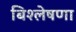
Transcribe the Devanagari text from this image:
बिश्लेषणा